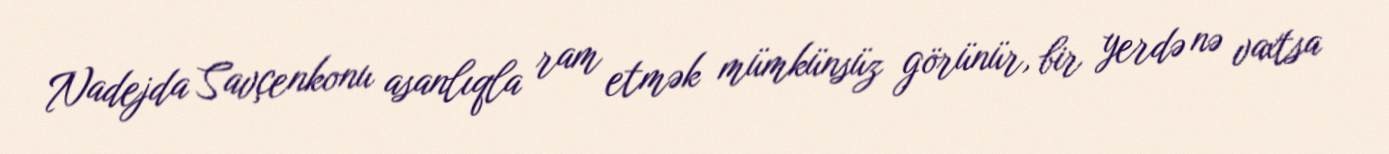
Nadejda Savçenkonu asanlıqla ram etmək mümkünsüz görünür, bir yerdə nə vaxtsa